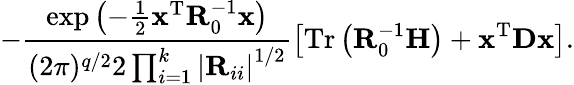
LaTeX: -\frac{\exp\left(-\frac{1}{2}\mathbf{x}^{\mathrm{T}}\mathbf{R}_{0}^{-1}\mathbf{x}\right)}{(2\pi)^{q/2}2\prod_{i=1}^{k}\left|\mathbf{R}_{ii}\right|^{1/2}}\left[\mathrm{Tr}\left(\mathbf{R}_{0}^{-1}\mathbf{H}\right)+\mathbf{x}^{\mathrm{T}}\mathbf{D}\mathbf{x}\right].